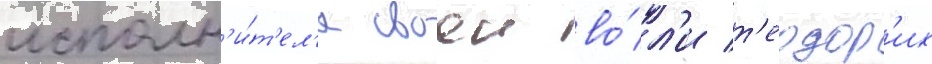
исполн'и́т'ел'я своеи во́л'и т'еодор'их